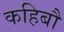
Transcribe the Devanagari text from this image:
कहिबौ